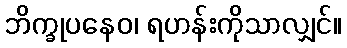
ဘိက္ခုပနေဝ၊ ရဟန်းကိုသာလျှင်။